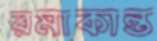
রমাকান্ত